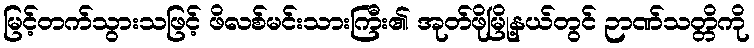
မြင့်တက်သွားသဖြင့် ဖိလစ်မင်းသားကြီး၏ အုတ်ဖိုမြို့နယ်တွင် ဉာဏ်သတ္တိကို